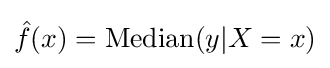
{\hat {f}}(x)={\text{Median}}(y|X=x)